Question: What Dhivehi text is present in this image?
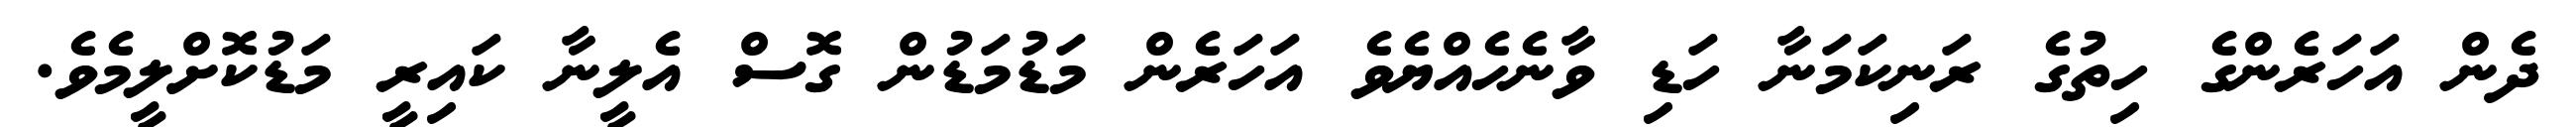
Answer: ދެން އަހަރެންގެ ހިތުގެ ރަނިކަމަނާ ހަޑި ވާނެހެއްޔެވެ އަހަރެން މަޑުމަޑުން ގޮސް އެލީނާ ކައިރީ މަޑުކޮށްލީމެވެ.